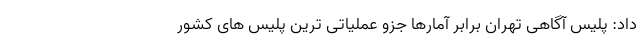
داد: پلیس آگاهی تهران برابر آمارها جزو عملیاتی ترین پلیس های کشور